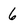
Character: 6